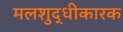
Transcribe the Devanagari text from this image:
मलशुद्धीकारक